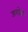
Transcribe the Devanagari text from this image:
डगोवा